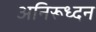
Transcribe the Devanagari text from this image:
अनिरूध्दन